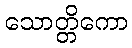
သောတ္တိကော